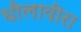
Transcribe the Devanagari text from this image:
धौलावीरा